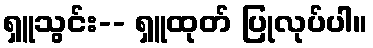
ရှူသွင်း-- ရှူထုတ် ပြုလုပ်ပါ။